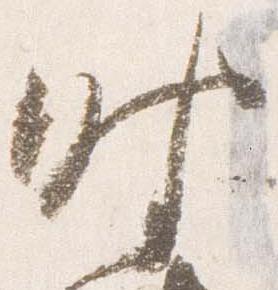
時